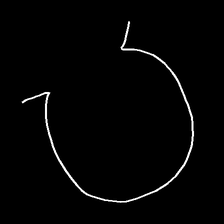
Glyph: weave